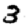
Digit: 3